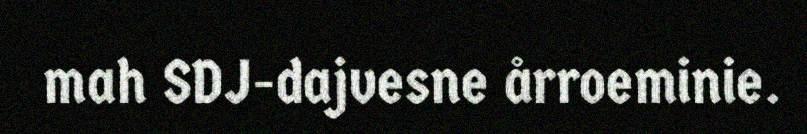
mah SDJ-dajvesne årroeminie.